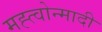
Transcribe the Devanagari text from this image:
मह्त्वोन्मादी